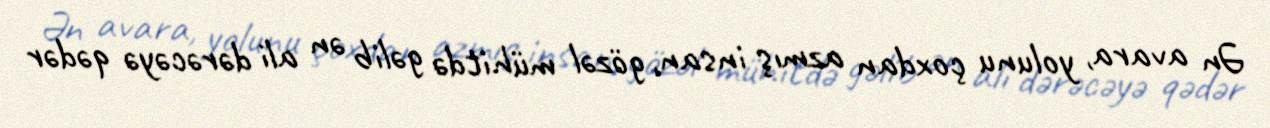
Ən avara, yolunu çoxdan azmış insan, gözəl mühitdə gəlib ən ali dərəcəyə qədər